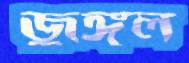
জুঙ্গল